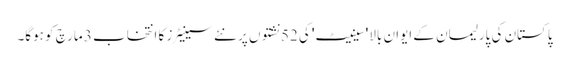
پاکستان کی پارلیمان کے ایوانِ بالا 'سینیٹ' کی 52 نشتوں پر نئے سینیٹرز کا انتخاب 3 مارچ کو ہوگا۔